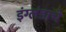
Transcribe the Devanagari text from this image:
इंग्लंडाचे